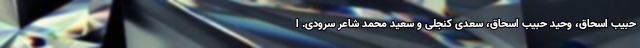
حبیب اسحاق، وحید حبیب اسحاق، سعدی کنجلی و سعید محمد شاعر سرودی. ا